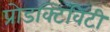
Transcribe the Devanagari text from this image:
प्रोडक्टिविटी